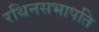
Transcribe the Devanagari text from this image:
रथिनसभापति